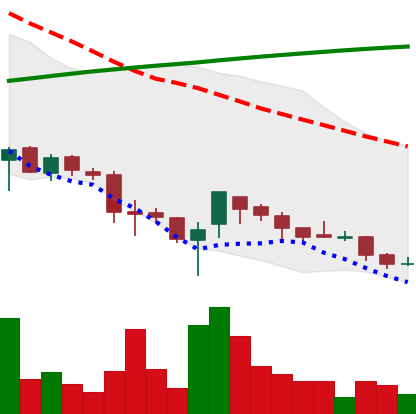
Ticker: XRP-USD
Chart end date: 2018-03-28
Forward return: -13.376%
Label: down_7plus